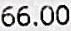
66.00